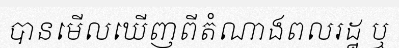
បានមើលឃើញពីតំណាងពលរដ្ឋ ឬ